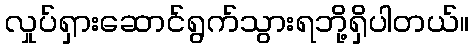
လှုပ်ရှားဆောင်ရွက်သွားရဘို့ရှိပါတယ်။